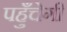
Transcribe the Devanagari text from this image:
पहुँचेगी